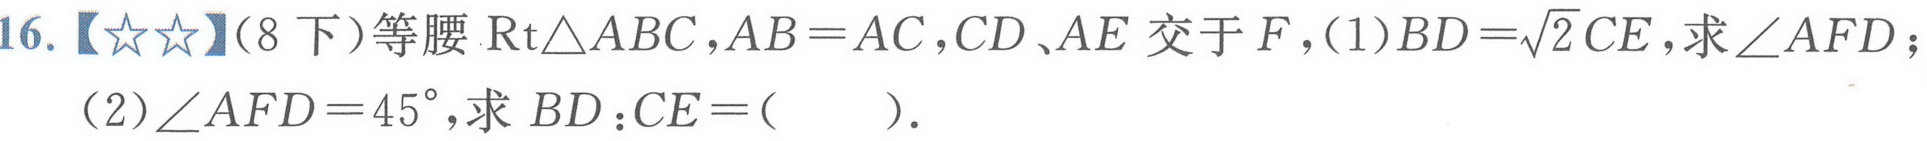
16.【☆☆】(8下)等腰$\text{Rt}\triangle ABC,AB = AC,CD、AE$交于$F$,(1)$BD=\sqrt{2}CE$,求$\angle AFD$；
(2)$\angle AFD = 45^{\circ}$,求$BD:CE=($  ).